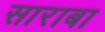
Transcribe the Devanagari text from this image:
साराबा